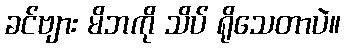
ခင်ဗျား မိဘကို သိပ် ရိုသေတာပဲ။